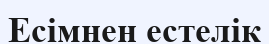
Есімнен естелік